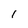
Character: I